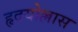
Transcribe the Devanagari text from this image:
हृदयोल्लास